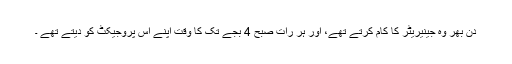
دن بھر وہ جینیریٹر کا کام کرتے تھے، اور ہر رات صبح 4 بجے تک کا وقت اپنے اس پروجیکٹ کو دیتے تھے ۔